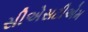
સીએસટીએમ